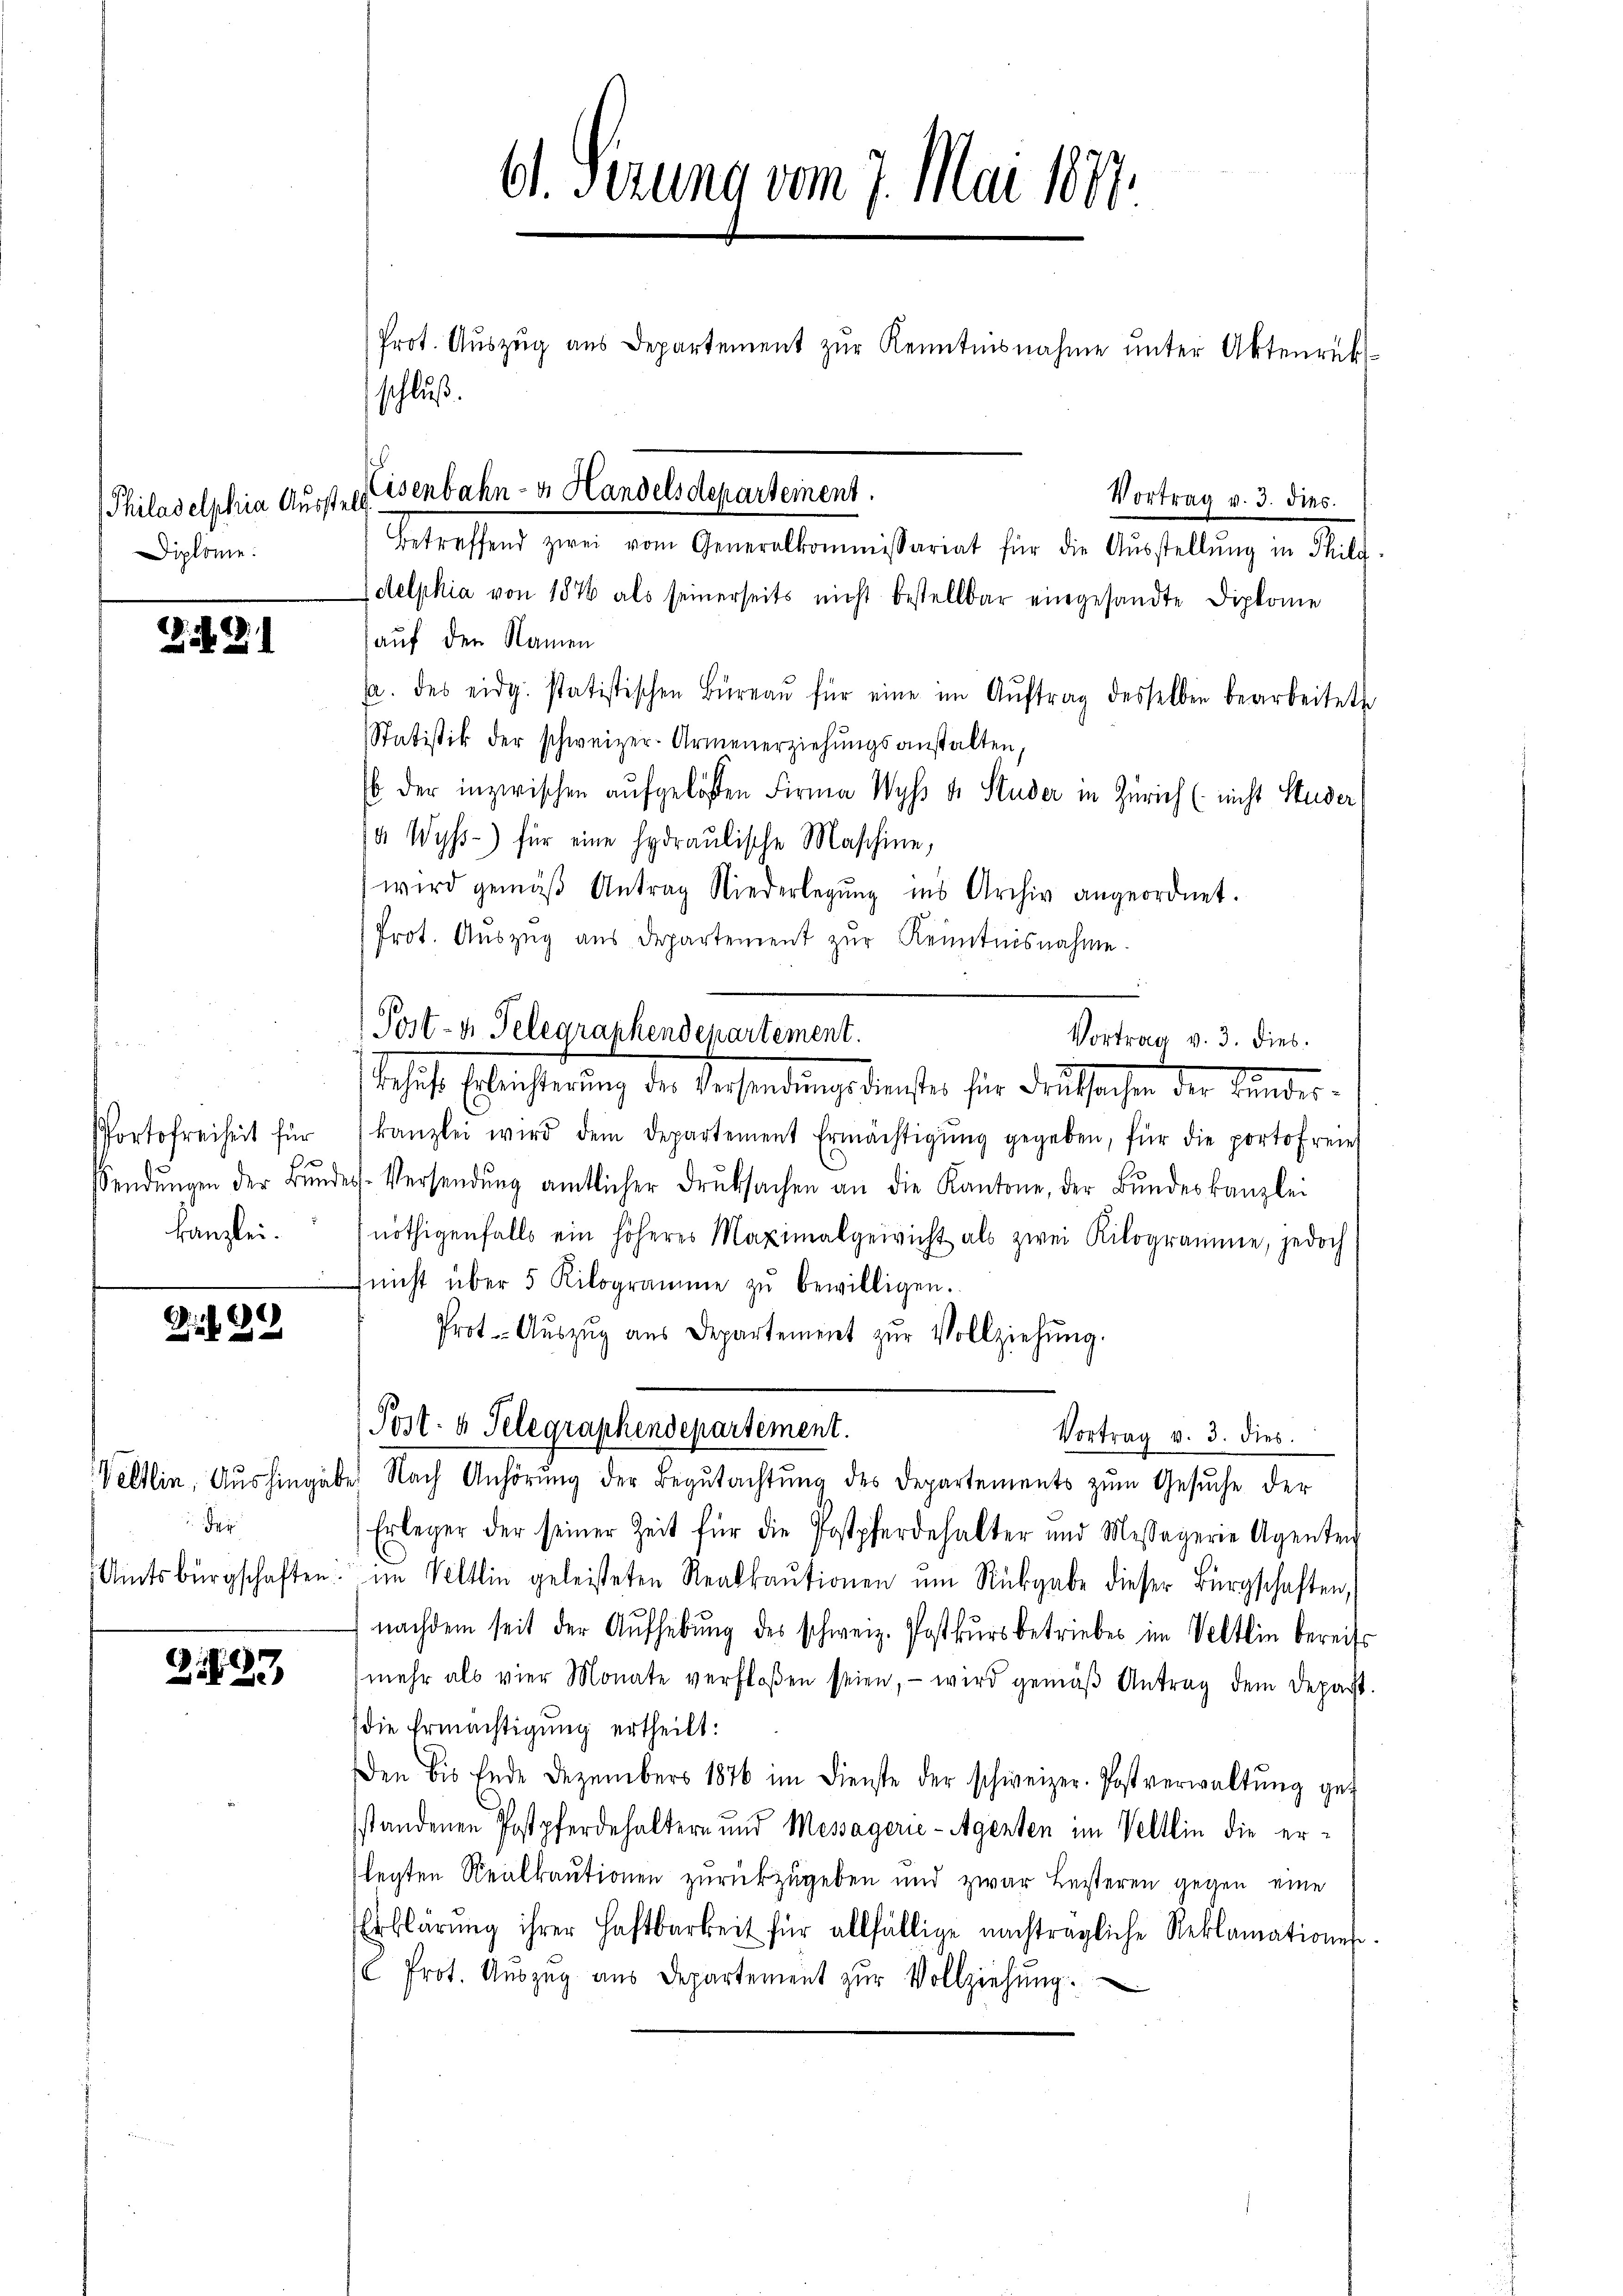
Diplomie.

N. 21

Portofreiheit für
r
sendungen der rund
kanzlei.

if. 29

Der

2.89

61. Verung vom 7. Mai 1877.

Prot. Aŭszŭg aŭs Departement zŭr Kenntnisnahme ŭnter Aktenrück-
schluß.
Vortrag v. 3. dies
Betreffend zwei vom Generalkommissariat für die Aŭsstellŭng in Thild-
delphia von 1876 als seinerseits nicht bestellbar eingesandte Diplome
auf den Namen
sa. des eidg. statistischen Büreaŭ für eine im Aŭftrag desselben bearbeitete
Statistik der schweizer-Armenerziehungsanstalten,
E der inzwischen aufgelösten Firma Wyss u. Studer in Zürich (nicht Studer
4 Wyss.) für eine hydraŭlische Maschine,
wird gemäβ Antrag Niederlegŭng ins Archiv angeordnet.
Prot. Auszug aus Departement zur Kenntnisnahme.
Post- u. Telegraphendepartement.
Behufs Erleichterung des Versendungsdienstes für Druksachen der Kindeskanzlei wird dem Departement Ermächtigŭng gegeben, für die portofreiet
des Versendŭng amtlicher Druksachen an die Kantone, der Bŭndeskanzlei
nöthigenfalls ein höheres Maximalgewicht als zwei Kilogramme, jedoch
nicht über 5 Kilogramme zŭ bewilligen.
Prot. Aŭszŭg aŭs Departement zŭr Vollziehŭng.
Post- & Selegraphendepartement.
Vortrag v. 3. dies
Veltlin, Aushingabe Nach Anhörung der Begutachtung des Departements zum Gesuche der
Erleger der seiner Zeit für die Postpferdehalter und Messagerie Agenten
Amtsbürgschaften im Veltlin geleisteten Realkaŭtionen ŭm Rückgabe dieser Bürgschaften,
nachdem seit der Aufhebung des schweiz. Postkurs betriebes im Veltlin bereits
mehr als vier Monate verfloßen seien, wird gemäβ Antrag dem Depart.
die Ermächtigung ertheilt:
Den bis Ende Dezember 1876 im Dienste der schweizer. Postverwaltŭng get
sstandenen Postpferdehaltern und Messagerie-Agenten im Veltlin die erlegten Realkautionen zurückzugeben und zwar Leisteren gegen eine
Erklärung ihrer Haftbarkeit für allfällige nachträgliche Reklamationen.
 Prot. Aŭszŭg aŭs Departement zŭr Vollziehŭng.

Philadelphia Ausste eisenbahn- u. Handelsdepartement.

Vortrag v. 3. dies